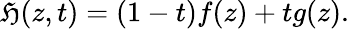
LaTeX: \mathfrak{H}(z,t)=(1-t)f(z)+tg(z).